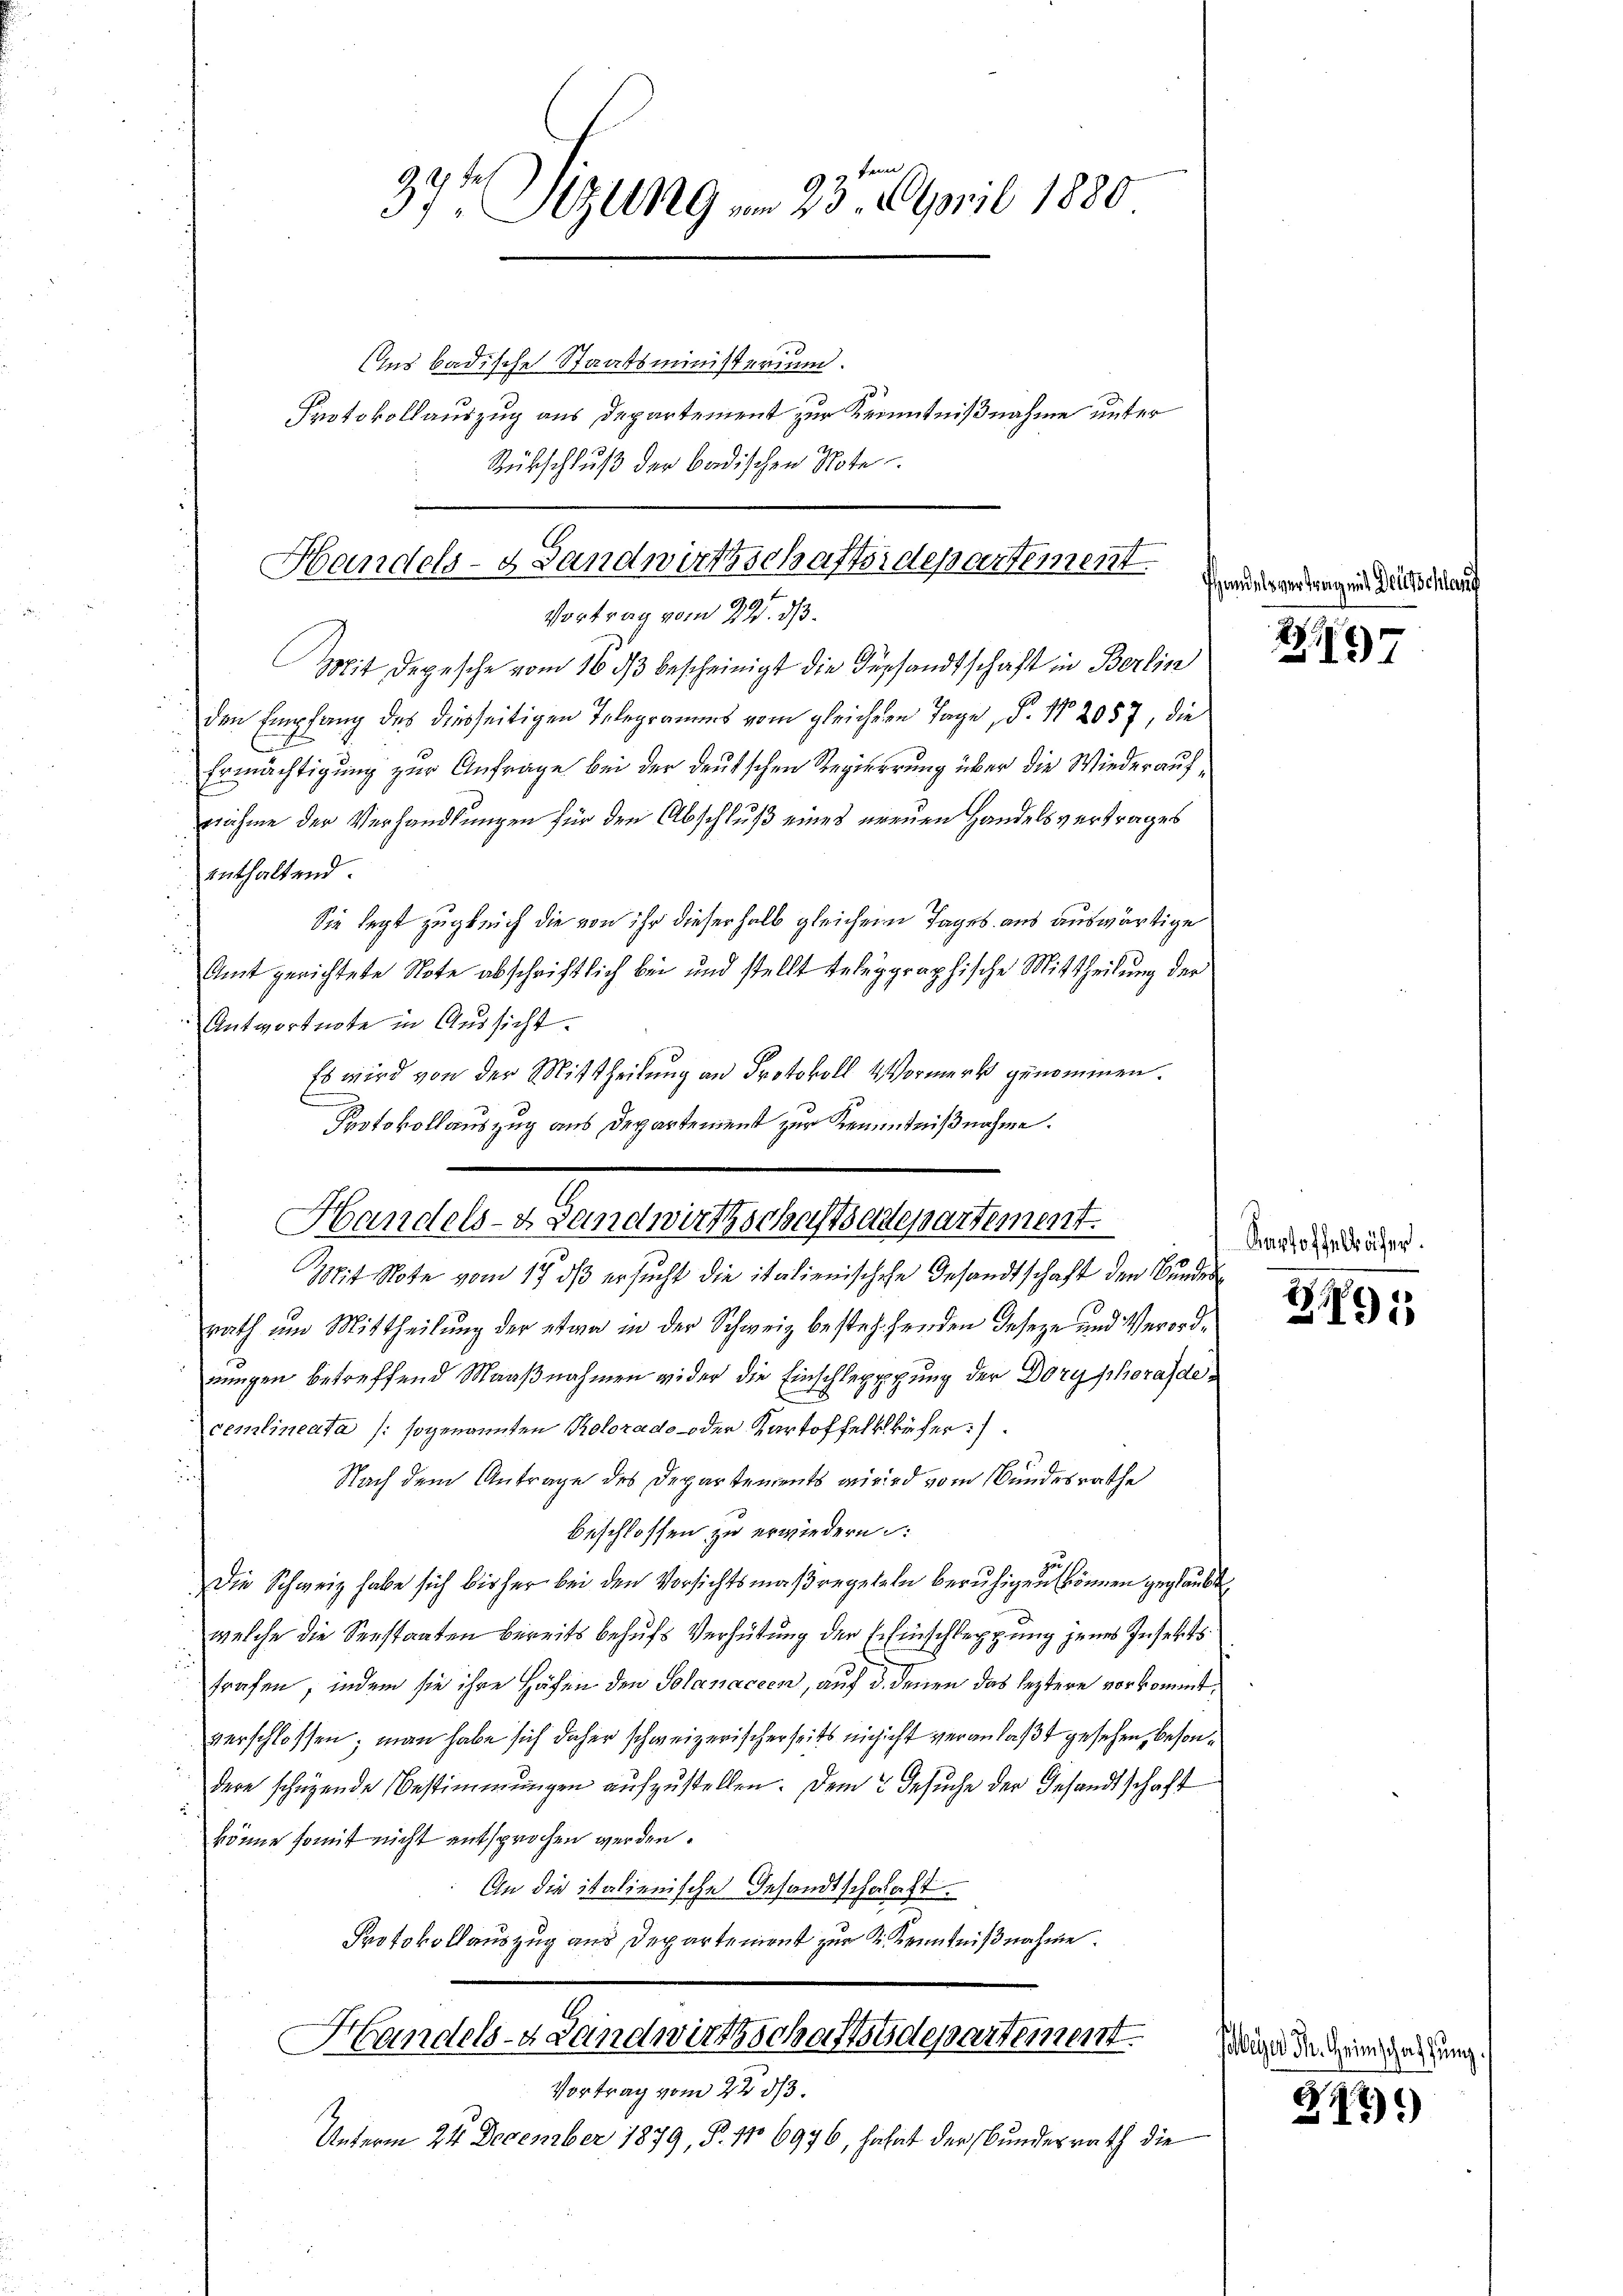
kein
37t Setzung vom 23. April 1880
ins badische Staatsministerium.
Protokollauszug aus Departement zur Kenntnißnahme unter
Rückschluß der badischen Note

Handels- & Landwirtschaftsidepartement.
Vortrag vom 22. ds.

Mit Depesche vom 16. dβ bescheinigt die Versandtschaft in Berlin
den Empfang des diesseitigen Telegramms vom gleichern Tage, P. Nr. 2057, die
Ermächtigung zur Anfrage bei der deutschen Regierung über die Wiederaufnähme der Verhandlungen für den Abschluß eines ereuen Handelsvertrages
enthaltend
Sie legt zugleich die von ihr dieserhalb gleichem Tages aus auswärtige
Amt gerichtete Note abschriftlich bei und stellt telegraphische Mittheilung der
Antwortnote in Aussicht.
Es wird von der Mittheilung an Protokoll Vormerk genommen.
Protokollauszug aus Departement zur Kenntnißnahme.
Mit Note vom 17. ds ersucht die italienischehe Gesandtschaft den Bundes
rath um Mittheilung der etwa in der Schweiz bestehenden Geseze und Verordnungen betreffend Maaßnahmen wider die Einschlepppung der Doryphorasdecemlineata (sogenannten Polorado oder Kartoffelkkäfer).
Nach dem Antrage des Departements wird vom Bundesrathe
beschlossen zu erwiedern
Die Schweiz habe sich bisher bei den Vorsichtsmaßregelte beruhigen können geglaubt
welche die Seestaaten bereits behufs Verhütung der Einschleppung jenes Insekt
trafen, indem sie ihre Höhen den Solanaceen, auf d. denen das leztere vorkommt,
verschlossen; man habe sich daher schweizerischerseits nichicht veranlaßt gesehen, besondere schügende Bestimmungen aufzustellen. Dem Gesuche der Gesandtschaft
könne somit nicht entsprochen werden.
An die italienische Gesandtschaft.
Protokollauszug aus Departement zur K. Kenntnißnahme.
Handels- Landwirthschaftsdepartement.
Vortrag vom 22 1/3.
Unterm 24. December 1879, P. No 6976, hahat der Bundesrath die

Handels- & Landwirthschaftsadepartement.

Pandelsvertra

2197

Kartoffelbäser.

291

Deutschle

oeyer M. Heimschaffung.

2))